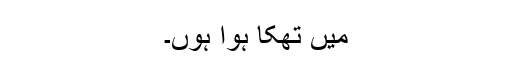
میں تھکا ہوا ہوں۔